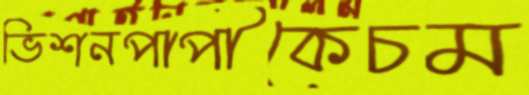
ভিশনপাপীকেচম